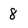
Character: 8